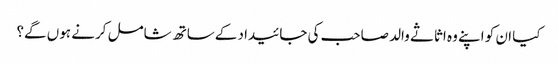
کیا ان کو اپنے وہ اثاثے والد صاحب کی جائیداد کےساتھ شامل کرنے ہوں گے؟